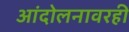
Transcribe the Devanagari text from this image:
आंदोलनावरही